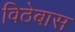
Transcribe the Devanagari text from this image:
विठेबास